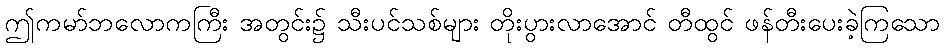
ဤကမာ်ဘလောကကြီး အတွင်း၌ သီးပင်သစ်များ တိုးပွားလာအောင် တီထွင် ဖန်တီးပေးခဲ့ကြသော